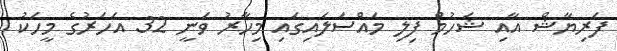
ފަރިޔާޝް އާއި ޝަހުމް ފިލި މައްސަލައިގައި މިހާރު ވަނީ 32 އަހަރުގެ މީހަކު